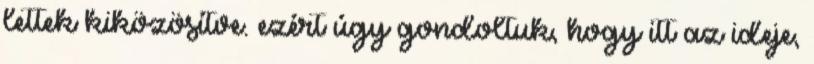
lettek kiközösítve. ezért úgy gondoltuk, hogy itt az ideje,